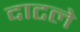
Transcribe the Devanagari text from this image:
दाटले